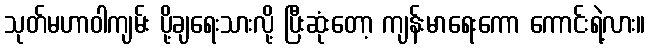
သုတ်မဟာဝါကျမ်း ပို့ချရေးသားလို့ ပြီးဆုံးတော့ ကျန်းမာရေးကော ကောင်းရဲ့လား။